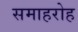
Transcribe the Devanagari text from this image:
समाहरोह